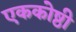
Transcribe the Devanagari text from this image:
एककोष्ठी